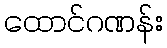
ထောင်ဂဏန်း